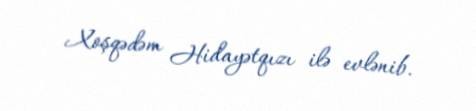
Xoşqədəm Hidayətqızı ilə evlənib.